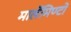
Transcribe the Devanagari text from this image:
मार्लेमिण्टो